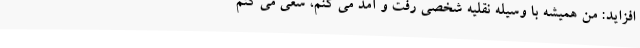
افزاید: من همیشه با وسیله نقلیه شخصی رفت و آمد می کنم، سعی می کنم